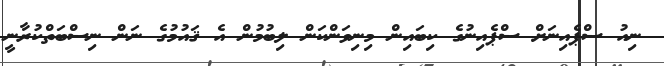
ނިއު ސްޕެއިނަށް ސްޕެއިނުގެ ކިބައިން މިނިވަންކަން ލިބުމުން އެ ޤައުމުގެ ނަން ނިސްބަތްކުރާނީ